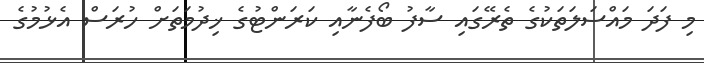
މި ފަދަ މައްސަލަތަކުގެ ތެރޭގައި ސާފު ބޯފެނާއި ކަރަންޓުގެ ޚިދުމަތަށް ހުރަސް އެޅުމުގެ